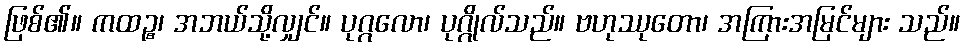
ဖြစ်၏။ ကထဉ္စ၊ အဘယ်သို့လျှင်။ ပုဂ္ဂလော၊ ပုဂ္ဂိုလ်သည်။ ဗဟုဿုတော၊ အကြားအမြင်များ သည်။